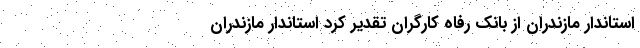
استاندار مازندران از بانک رفاه کارگران تقدیر کرد استاندار مازندران